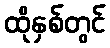
ထိုနှစ်တွင်